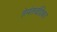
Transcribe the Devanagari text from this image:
हेमंतचंद्रिका